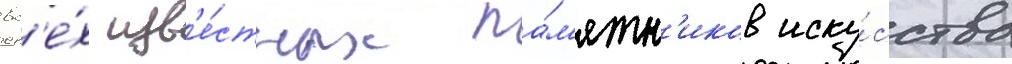
вс'е́х изв'е́стных па́м'ятн'иков иску́сства